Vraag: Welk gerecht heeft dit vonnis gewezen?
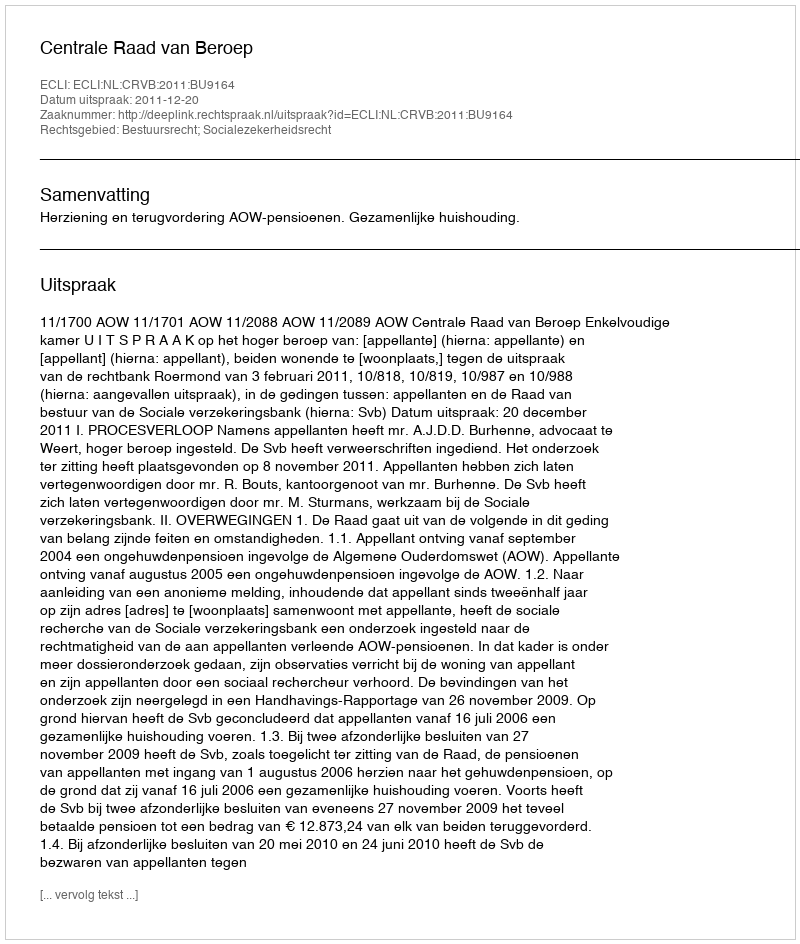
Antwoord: Centrale Raad van Beroep